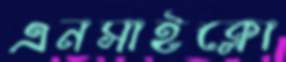
এনসাইক্লো